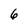
Character: 6